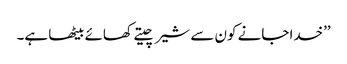
’’خدا جانے کون سے شیر چیتے کھائے بیٹھا ہے۔